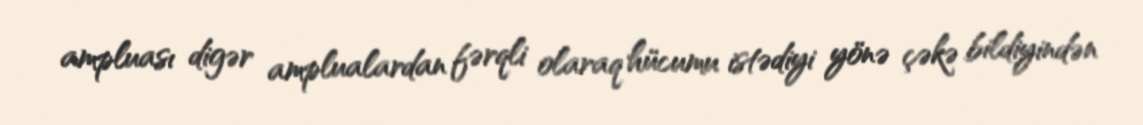
ampluası digər amplualardan fərqli olaraq hücumu istədiyi yönə çəkə bildiyindən